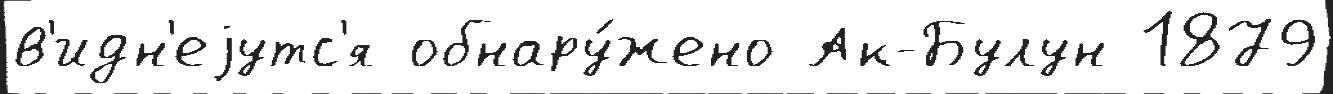
в'идн'еjутс'я обнару́жено Ак-Булун 1879